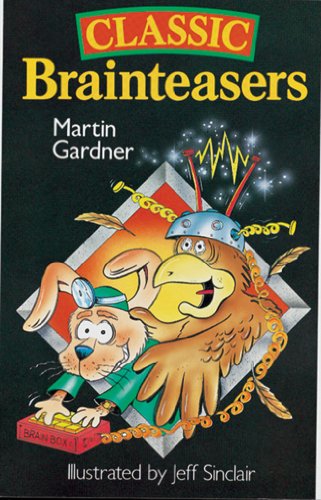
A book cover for Classic Brainteasers; Martin Gardner; Humor & Entertainment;